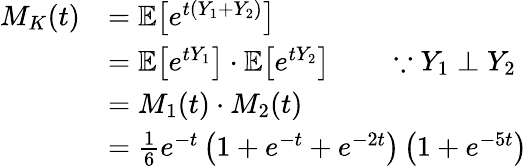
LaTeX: \begin{array}{rl}{M_{K}(t)}&{=\mathbb{E}\bigl[e^{t(Y_{1}+Y_{2})}\bigr]}\\ &{=\mathbb{E}\bigl[e^{tY_{1}}\bigr]\cdot\mathbb{E}\bigl[e^{tY_{2}}\bigr]\qquad\because Y_{1}\perp Y_{2}}\\ &{=M_{1}(t)\cdot M_{2}(t)}\\ &{=\frac 16e^{-t}\left(1+e^{-t}+e^{-2t}\right)\left(1+e^{-5t}\right)}\end{array}